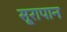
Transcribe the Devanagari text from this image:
सूरापान